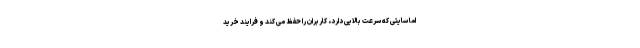
اما سایتی که سرعت بالایی دارد، کاربران را حفظ می کند و فرایند خرید